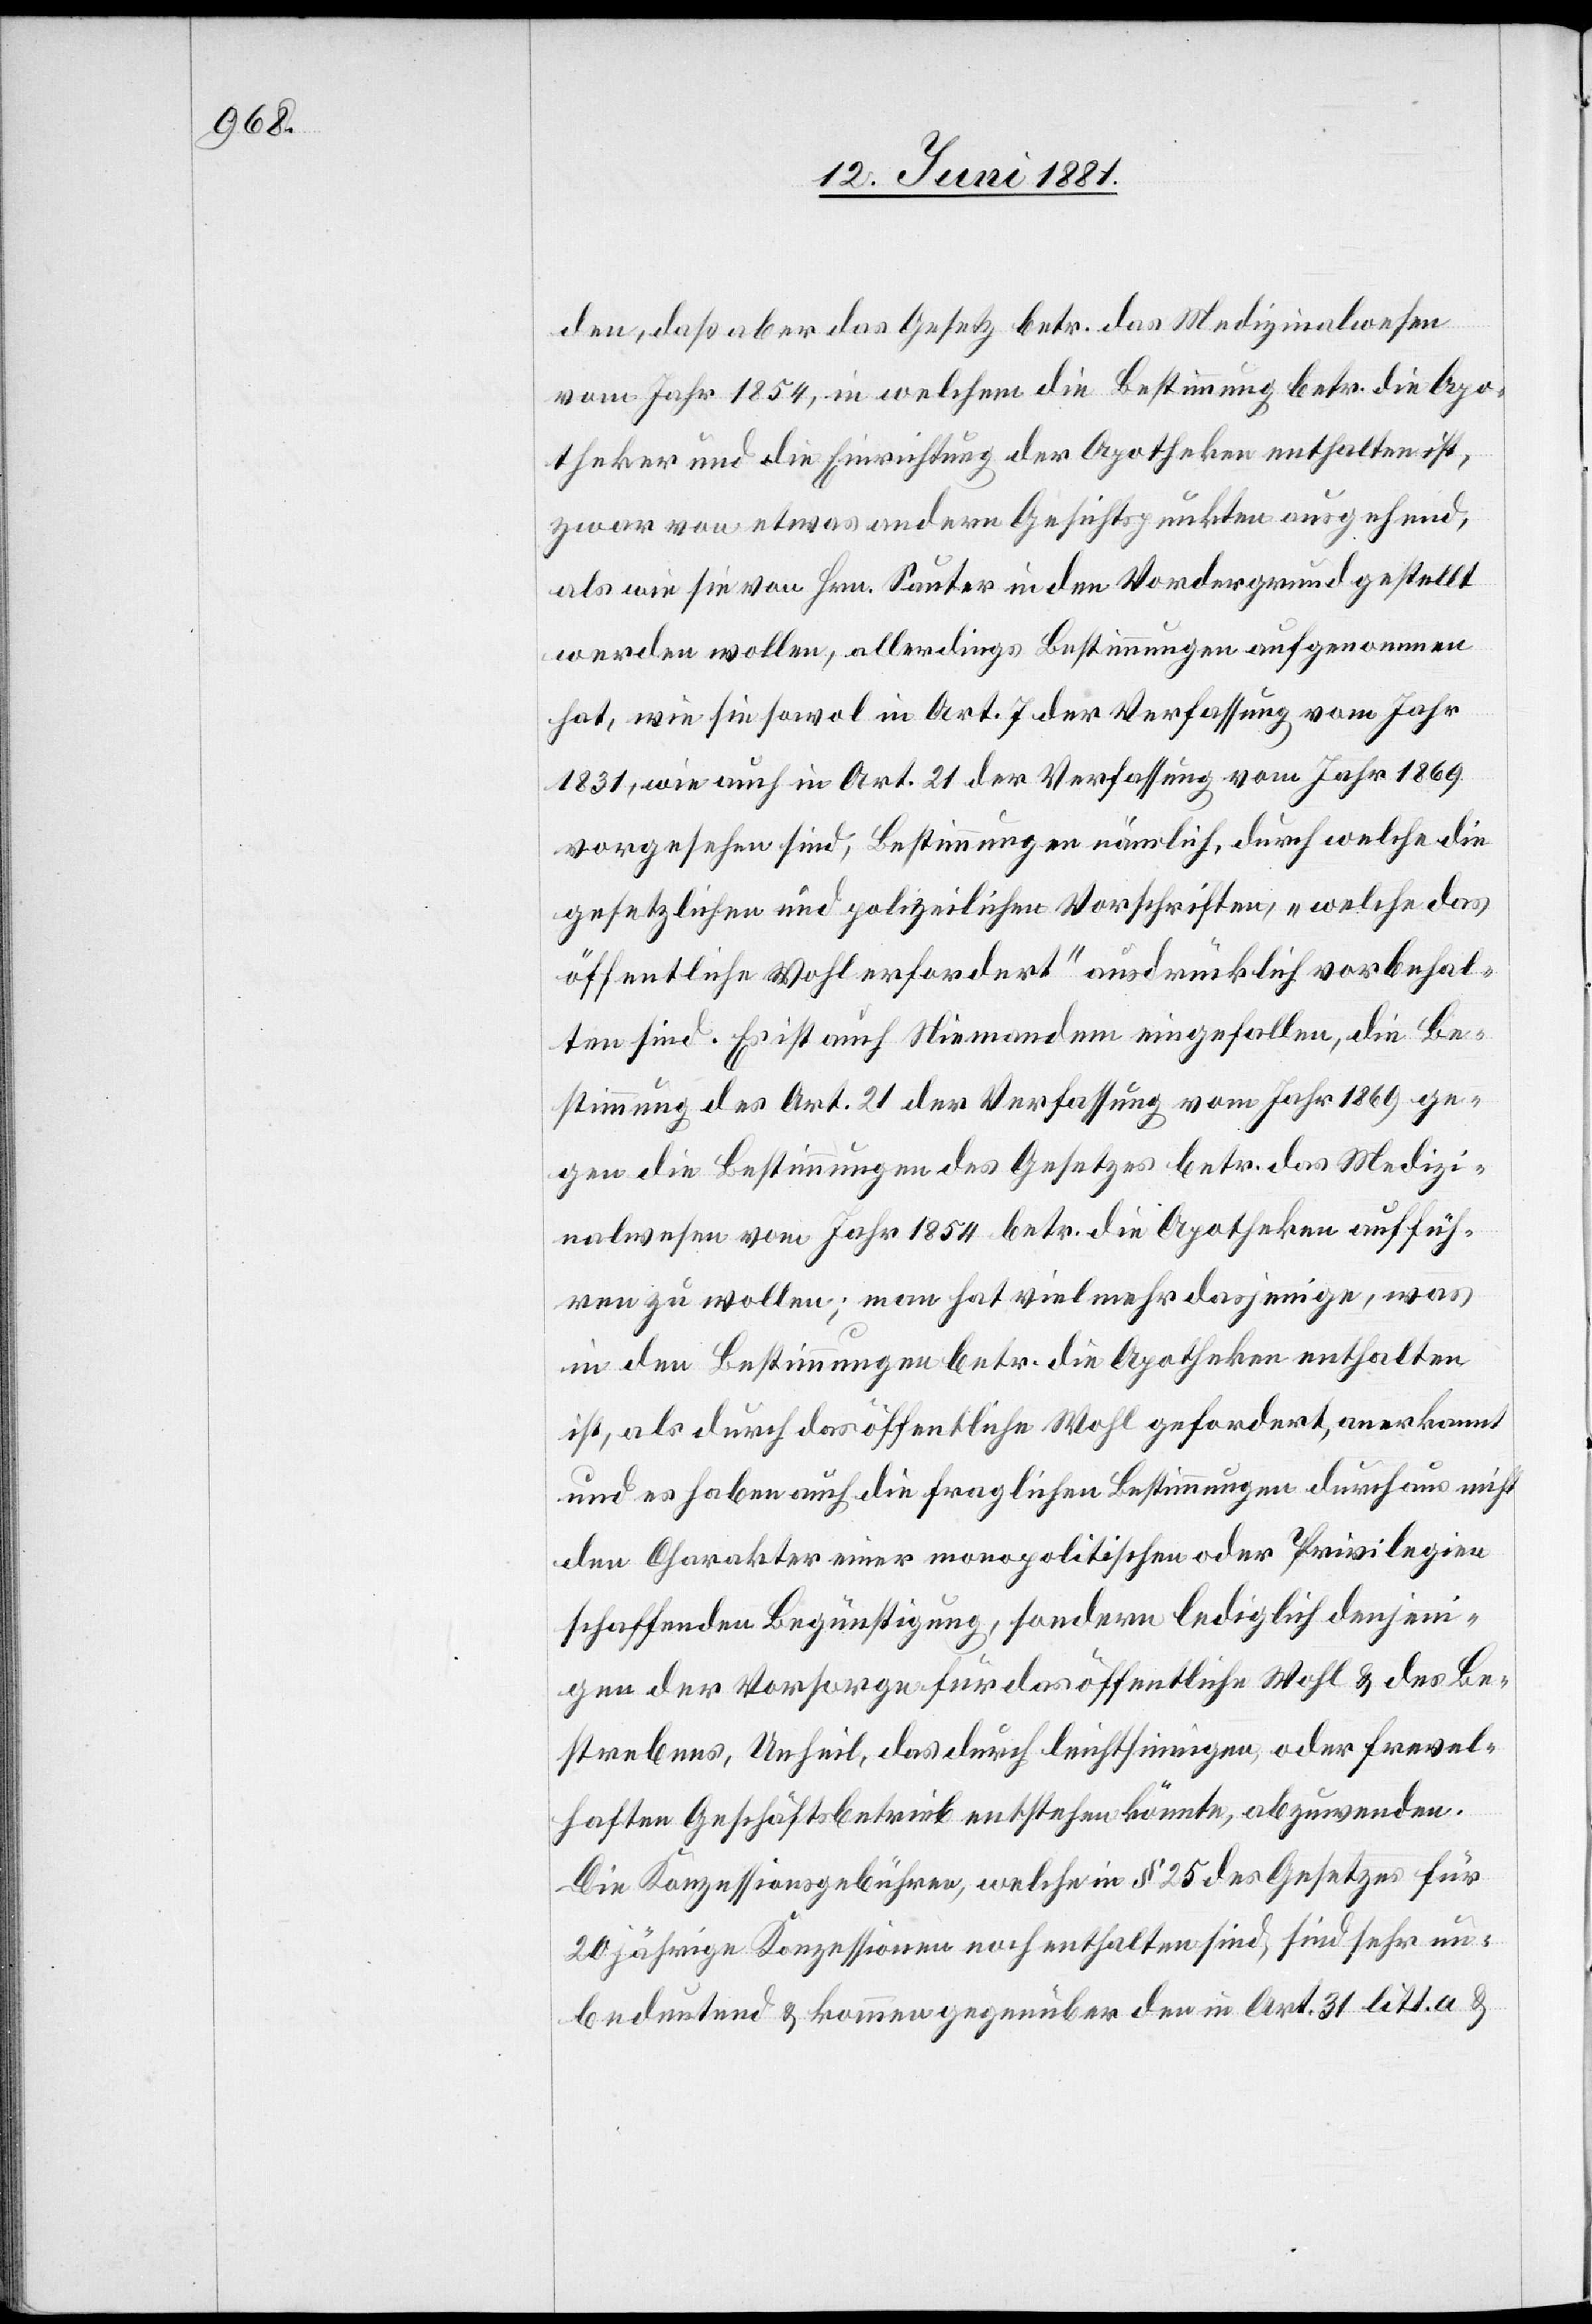
den, daß aber das Gesetz betr. das Medizinalwesen
vom Jahr 1854, in welchem die Bestimmung betr. die Apo¬
theker und die Einrichtung der Apotheken enthalten ist,
zwar von etwas andern Gesichtspunkten ausgehend,
als wie sie von Hrn. Sauter in den Vordergrund gestellt
werden wollen, allerdings Bestimmungen aufgenommen
hat, wie sie sowol in Art. 7 der Verfassung vom Jahr
1831, wie auch in Art. 21 der Verfassung vom Jahr 1869
vorgesehen sind, Bestimmungen nämlich, durch welche die
gesetzlichen und polizeilichen Vorschriften, „welche das
öffentliche Wohl erfordert“ ausdrücklich vorbehal¬
ten sind. Es ist auch Niemandem eingefallen, die Be¬
stimmung des Art. 21 der Verfassung vom Jahr 1869 ge¬
gen die Bestimmungen des Gesetzes betr. das Medizi¬
nalwesen vom Jahr 1854 betr. die Apotheken ausfüh¬
ren zu wollen; man hat vielmehr dasjenige, was
in den Bestimmungen betr. die Apotheken enthalten
ist, als durch das öffentliche Wohl gefordert, anerkannt
und es haben auch die fraglichen Bestimmungen durchaus nicht
den Charakter einer monopolitischen oder Privilegien
schaffenden Begünstigung, sondern lediglich denjeni¬
gen der Vorsorge für das öffentliche Wohl & des Be¬
strebens, Unheil, das durch leichtsinnigen, oder frevel¬
haften Geschäftsbettrieb entstehen könne, abzuwenden.
Die Konzessionsgebühren, welche in § 25 des Gesetzes für
20jährige Konzessionen noch enthalten sind, sind sehr un¬
bedeutend & kommen gegenüber den in Art. 31 litt a &